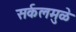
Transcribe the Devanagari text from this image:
सर्कलमुळे